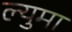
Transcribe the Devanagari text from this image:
ल्युमा